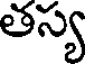
తస్య